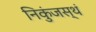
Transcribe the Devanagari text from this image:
निकुंजस्थं